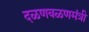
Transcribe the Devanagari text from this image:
दळणवळणमंत्री